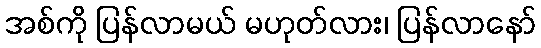
အစ်ကို ပြန်လာမယ် မဟုတ်လား၊ ပြန်လာနော်